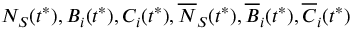
N _ { S } ( t ^ { * } ) , B _ { i } ( t ^ { * } ) , C _ { i } ( t ^ { * } ) , \overline { { N } } _ { S } ( t ^ { * } ) , \overline { { B } } _ { i } ( t ^ { * } ) , \overline { { C } } _ { i } ( t ^ { * } )